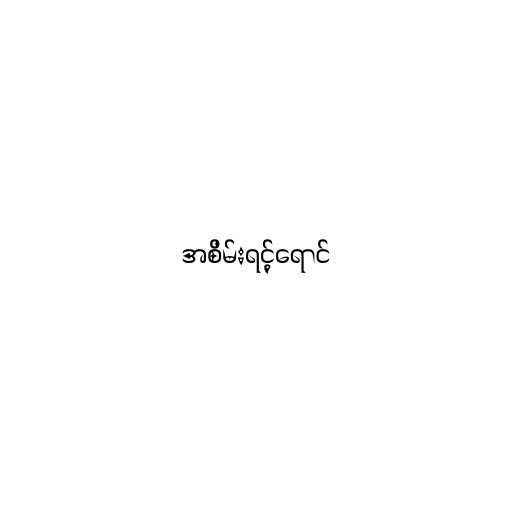
အစိမ်းရင့်ရောင်